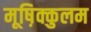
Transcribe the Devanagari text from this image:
मूष़िक्कुलम